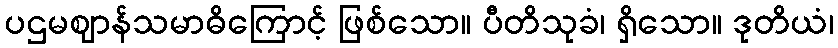
ပဌမဈာန်သမာဓိကြောင့် ဖြစ်သော။ ပီတိသုခံ၊ ရှိသော။ ဒုတိယံ၊